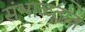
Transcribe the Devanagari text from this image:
संभाळतात